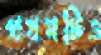
প্রথমটিও